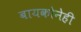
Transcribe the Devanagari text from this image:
बायकोनेही